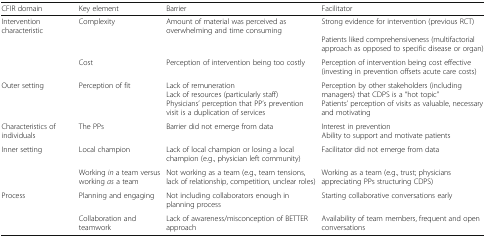
<table><thead><tr><td><b>CFIR domain</b></td><td><b>Key element</b></td><td><b>Barrier</b></td><td><b>Facilitator</b></td></tr></thead><tbody><tr><td rowspan="2">Intervention characteristic</td><td>Complexity</td><td>Amount of material was perceived as overwhelming and time consuming</td><td>Strong evidence for intervention (previous RCT)Patients liked comprehensiveness (multifactorial approach as opposed to specific disease or organ)</td></tr><tr><td>Cost</td><td>Perception of intervention being too costly</td><td>Perception of intervention being cost effective (investing in prevention offsets acute care costs)</td></tr><tr><td>Outer setting</td><td>Perception of fit</td><td>Lack of remunerationLack of resources (particularly staff)Physicians’ perception that PP’s prevention visit is a duplication of services</td><td>Perception by other stakeholders (including managers) that CDPS is a “hot topic”Patients’ perception of visits as valuable, necessary and motivating</td></tr><tr><td>Characteristics of individuals</td><td>The PPs</td><td>Barrier did not emerge from data</td><td>Interest in preventionAbility to support and motivate patients</td></tr><tr><td rowspan="2">Inner setting</td><td>Local champion</td><td>Lack of local champion or losing a local champion (e.g., physician left community)</td><td>Facilitator did not emerge from data</td></tr><tr><td>Working <i>in</i> a team versus working <i>as</i> a team</td><td>Not working as a team (e.g., team tensions, lack of relationship, competition, unclear roles)</td><td>Working as a team (e.g., trust; physicians appreciating PPs structuring CDPS)</td></tr><tr><td rowspan="2">Process</td><td>Planning and engaging</td><td>Not including collaborators enough in planning process</td><td>Starting collaborative conversations early</td></tr><tr><td>Collaboration and teamwork</td><td>Lack of awareness/misconception of BETTER approach</td><td>Availability of team members, frequent and open conversations</td></tr></tbody></table>